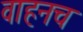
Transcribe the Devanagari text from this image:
वाहनच